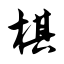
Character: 棋